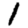
Digit: 1